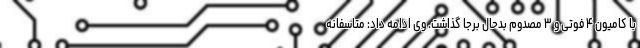
با کامیون ۴ فوتی و ۳ مصدوم بدحال برجا گذاشت. وی ادامه داد: متاسفانه